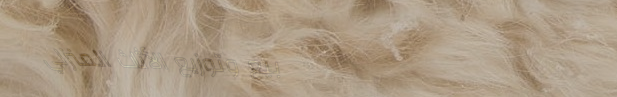
بيع وتوزيع الأثاث المنزلي